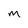
Character: m